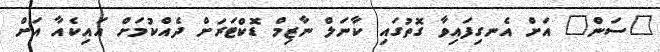
"ސަން" އަށް އެނގިފައިވާ ގޮތުގައި ކާނަލް ނާޒިމް ޑޮކްޓަރަށް ދެއްކުމަށް އައިކެއާ އަށް